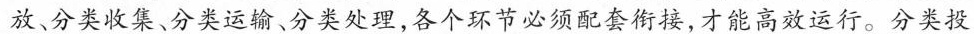
这种现象可以说是屡见不鲜，垃圾分类处理是个复杂的系统工程，包括分类投放分类收集、分类运输、分类处理，各个环节必须配套衔接，才能高效运行。分类投